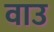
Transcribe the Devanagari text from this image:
वाउ